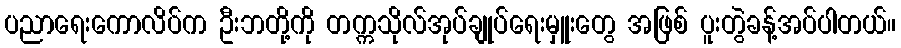
ပညာရေးကောလိပ်က ဦးဘတို့ကို တက္ကသိုလ်အုပ်ချုပ်ရေးမှူးတွေ အဖြစ် ပူးတွဲခန့်အပ်ပါတယ်။